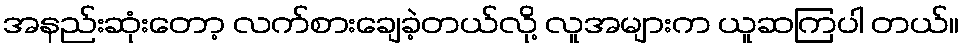
အနည်းဆုံးတော့ လက်စားချေခဲ့တယ်လို့ လူအများက ယူဆကြပါ တယ်။